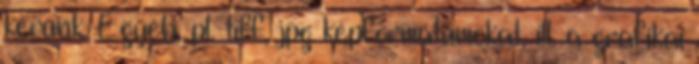
kérünk. Egyéb, pl. tiff, jpg képformátumokat, ill. a grafikai